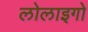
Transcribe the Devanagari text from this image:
लोलाइगो